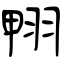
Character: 翈